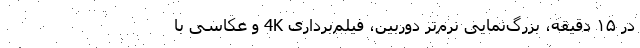
در ۱۵ دقیقه، بزرگ‌نمایی نرم‌ترِ دوربین، فیلم‌برداری 4K و عکاسی با